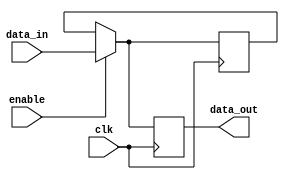
module Disable (
    input wire clk,              // Clock signal
    input wire enable,           // Control signal to enable/disable the block
    input wire [N-1:0] data_in,  // Input data (N-bit wide)
    output reg [N-1:0] data_out  // Output data (N-bit wide)
);
    parameter N = 8; // Parameter to define the width of the data

    // Internal state to hold the last valid state when disabled
    reg [N-1:0] last_valid_state;

    always @(posedge clk) begin
        if (enable) begin
            // When enabled, update the output with the input data
            data_out <= data_in;
            // Store the current input as the last valid state
            last_valid_state <= data_in;
        end else begin
            // When disabled, hold the last valid state
            data_out <= last_valid_state;
            // Alternatively, you could drive to a predefined state, e.g., 0
            // data_out <= {N{1'b0}}; // Uncomment to drive output to zero
        end
    end
endmodule